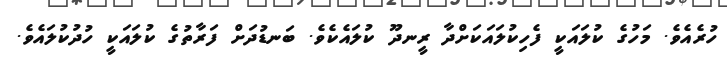
ހުރެއެވެ. މަހުގެ ކުލައަކީ ފެހިކުލައަކަށްދާ ރީނދޫ ކުލައެކެވެ. ބަނޑުދަށް ފަރާތުގެ ކުލައަކީ ހުދުކުލައެވެ.